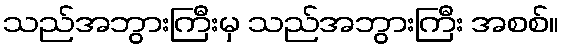
သည်အဘွားကြီးမှ သည်အဘွားကြီး အစစ်။